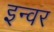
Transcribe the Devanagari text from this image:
इन्वर